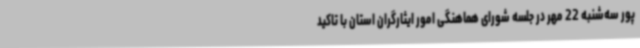
پور سه‌شنبه 22 مهر در جلسه شورای هماهنگی امور ایثارگران استان با تاکید